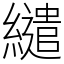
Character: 繾